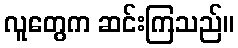
လူတွေက ဆင်းကြသည်။